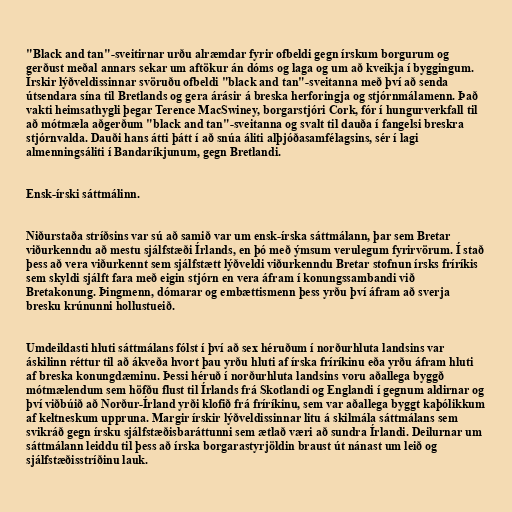
"Black and tan"-sveitirnar urðu alræmdar fyrir ofbeldi gegn írskum borgurum og
gerðust meðal annars sekar um aftökur án dóms og laga og um að kveikja í byggingum.
Írskir lýðveldissinnar svöruðu ofbeldi "black and tan"-sveitanna með því að senda
útsendara sína til Bretlands og gera árásir á breska herforingja og stjórnmálamenn. Það
vakti heimsathygli þegar Terence MacSwiney, borgarstjóri Cork, fór í hungurverkfall til
að mótmæla aðgerðum "black and tan"-sveitanna og svalt til dauða í fangelsi breskra
stjórnvalda. Dauði hans átti þátt í að snúa áliti alþjóðasamfélagsins, sér í lagi
almenningsáliti í Bandaríkjunum, gegn Bretlandi.

Ensk-írski sáttmálinn.

Niðurstaða stríðsins var sú að samið var um ensk-írska sáttmálann, þar sem Bretar
viðurkenndu að mestu sjálfstæði Írlands, en þó með ýmsum verulegum fyrirvörum. Í stað
þess að vera viðurkennt sem sjálfstætt lýðveldi viðurkenndu Bretar stofnun írsks fríríkis
sem skyldi sjálft fara með eigin stjórn en vera áfram í konungssambandi við
Bretakonung. Þingmenn, dómarar og embættismenn þess yrðu því áfram að sverja
bresku krúnunni hollustueið.

Umdeildasti hluti sáttmálans fólst í því að sex héruðum í norðurhluta landsins var
áskilinn réttur til að ákveða hvort þau yrðu hluti af írska fríríkinu eða yrðu áfram hluti
af breska konungdæminu. Þessi héruð í norðurhluta landsins voru aðallega byggð
mótmælendum sem höfðu flust til Írlands frá Skotlandi og Englandi í gegnum aldirnar og
því viðbúið að Norður-Írland yrði klofið frá fríríkinu, sem var aðallega byggt kaþólikkum
af keltneskum uppruna. Margir írskir lýðveldissinnar litu á skilmála sáttmálans sem
svikráð gegn írsku sjálfstæðisbaráttunni sem ætlað væri að sundra Írlandi. Deilurnar um
sáttmálann leiddu til þess að írska borgarastyrjöldin braust út nánast um leið og
sjálfstæðisstríðinu lauk.